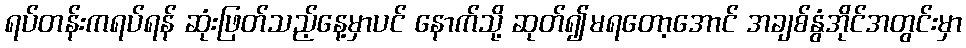
ရပ်တန်းကရပ်ရန် ဆုံးဖြတ်သည့်နေ့မှာပင် နောက်သို့ ဆုတ်၍မရတော့အောင် အချစ်နွံအိုင်အတွင်းမှာ